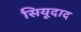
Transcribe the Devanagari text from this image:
सियूदाद